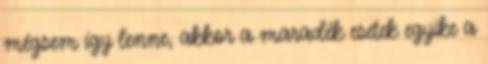
mégsem így lenne, akkor a maradék esetek egyike a